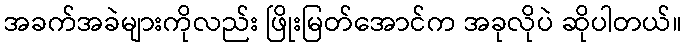
အခက်အခဲများကိုလည်း ဖြိုးမြတ်အောင်က အခုလိုပဲ ဆိုပါတယ်။